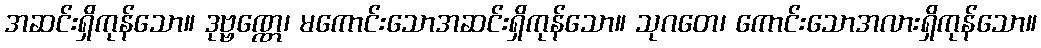
အဆင်းရှိကုန်သော။ ဒုဗ္ဗဏ္ဏေ၊ မကောင်းသောအဆင်းရှိကုန်သော။ သုဂတေ၊ ကောင်းသောအလားရှိကုန်သော။